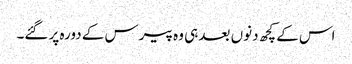
اس کے کچھ دنوں بعد ہی وہ پیرس کے دورہ پر گئے۔